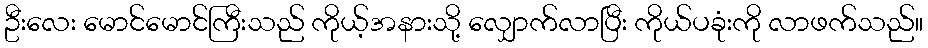
ဦးလေး မောင်မောင်ကြီးသည် ကိုယ့်အနားသို့ လျှောက်လာပြီး ကိုယ်ပခုံးကို လာဖက်သည်။